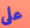
على